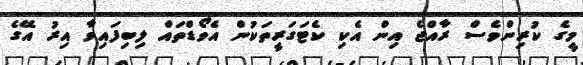
މީގެ ކުރިންވެސް ރާއްޖެ އިން އެކި ކެޓަގަރީތަކުން އެވޯޑްތައް ލިބިފައިވާ އިރު އޭގެ